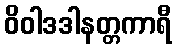
ဝိဝါဒဒါနတ္တကာရီ